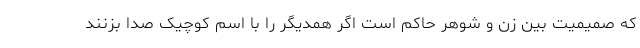
که صمیمیت بین زن و شوهر حاکم است اگر همدیگر را با اسم کوچیک صدا بزنند